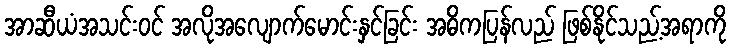
အာဆီယံအသင်းဝင် အလိုအလျောက်မောင်းနှင်ခြင်း အဓိကပြန်လည် ဖြစ်နိုင်သည့်အရာကို